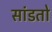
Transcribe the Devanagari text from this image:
सांडतो